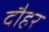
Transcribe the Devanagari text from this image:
दौहर